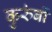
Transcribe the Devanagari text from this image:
कुरुंबों